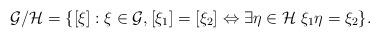
LaTeX: \begin{align*}\mathcal{G}/\mathcal{H}=\{[\xi] : \xi\in\mathcal{G}, [\xi_{1}]=[\xi_{2}] \Leftrightarrow \exists \eta\in\mathcal{H}\; \xi_{1}\eta=\xi_{2}\}.\end{align*}